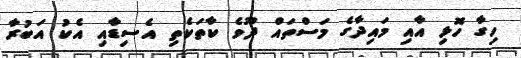
ހިގާ ހޮޅި އާއި މައިދާގެ މަސްތައް ދޫވެ ކާތަކެތި އެސިޑާއި އެކު އަބުރާ